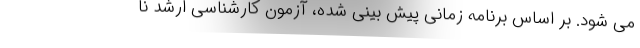
می شود. بر اساس برنامه زمانی پیش بینی شده، آزمون کارشناسی ارشد نا